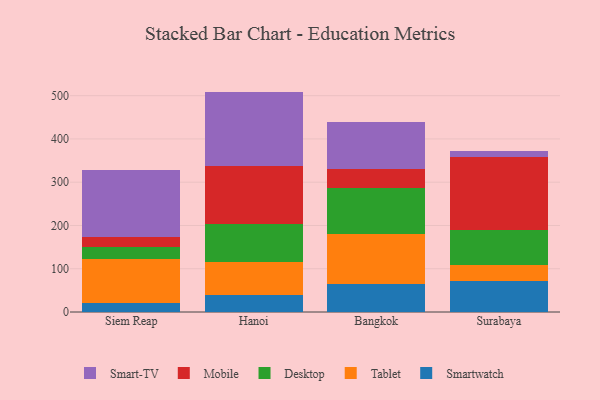
{"axis": {"x": "City", "y": "Customer Acquisition Cost (USD)"}, "legend": ["Desktop", "Mobile", "Smart-TV", "Smartwatch", "Tablet"], "data": [{"x": "Siem Reap", "y": 21.5, "type": "Smartwatch"}, {"x": "Siem Reap", "y": 101.1, "type": "Tablet"}, {"x": "Siem Reap", "y": 28.7, "type": "Desktop"}, {"x": "Siem Reap", "y": 21.9, "type": "Mobile"}, {"x": "Siem Reap", "y": 155.5, "type": "Smart-TV"}, {"x": "Hanoi", "y": 38.6, "type": "Smartwatch"}, {"x": "Hanoi", "y": 76.1, "type": "Tablet"}, {"x": "Hanoi", "y": 89.5, "type": "Desktop"}, {"x": "Hanoi", "y": 133.7, "type": "Mobile"}, {"x": "Hanoi", "y": 171.5, "type": "Smart-TV"}, {"x": "Bangkok", "y": 64.6, "type": "Smartwatch"}, {"x": "Bangkok", "y": 115.7, "type": "Tablet"}, {"x": "Bangkok", "y": 105.8, "type": "Desktop"}, {"x": "Bangkok", "y": 43.9, "type": "Mobile"}, {"x": "Bangkok", "y": 109.9, "type": "Smart-TV"}, {"x": "Surabaya", "y": 70.6, "type": "Smartwatch"}, {"x": "Surabaya", "y": 38.0, "type": "Tablet"}, {"x": "Surabaya", "y": 80.3, "type": "Desktop"}, {"x": "Surabaya", "y": 169.5, "type": "Mobile"}, {"x": "Surabaya", "y": 14.6, "type": "Smart-TV"}]}